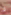
لا